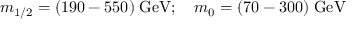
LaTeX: m _ { 1 / 2 } = ( 1 9 0 - 5 5 0 ) \; \mathrm { G e V } ; \quad m _ { 0 } = ( 7 0 - 3 0 0 ) \; \mathrm { G e V }